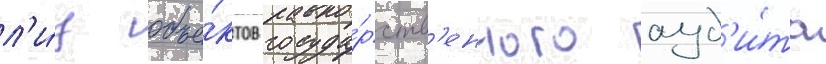
л'и́ц объе́ктов госуда́рств'енного ауд'и́та